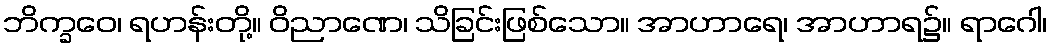
ဘိက္ခဝေ၊ ရဟန်းတို့။ ဝိညာဏေ၊ သိခြင်းဖြစ်သော။ အာဟာရေ၊ အာဟာရ၌။ ရာဂေါ၊